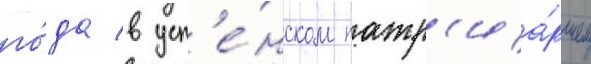
го́да в усп'е́нском патр'иа́ршем